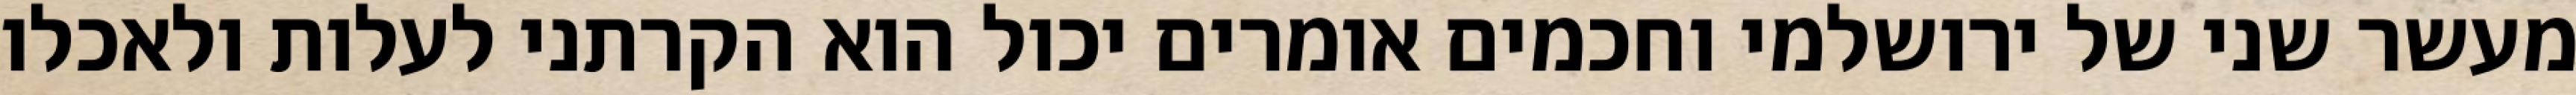
מעשר שני של ירושלמי וחכמים אומרים יכול הוא הקרתני לעלות ולאכלו